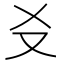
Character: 𪠣